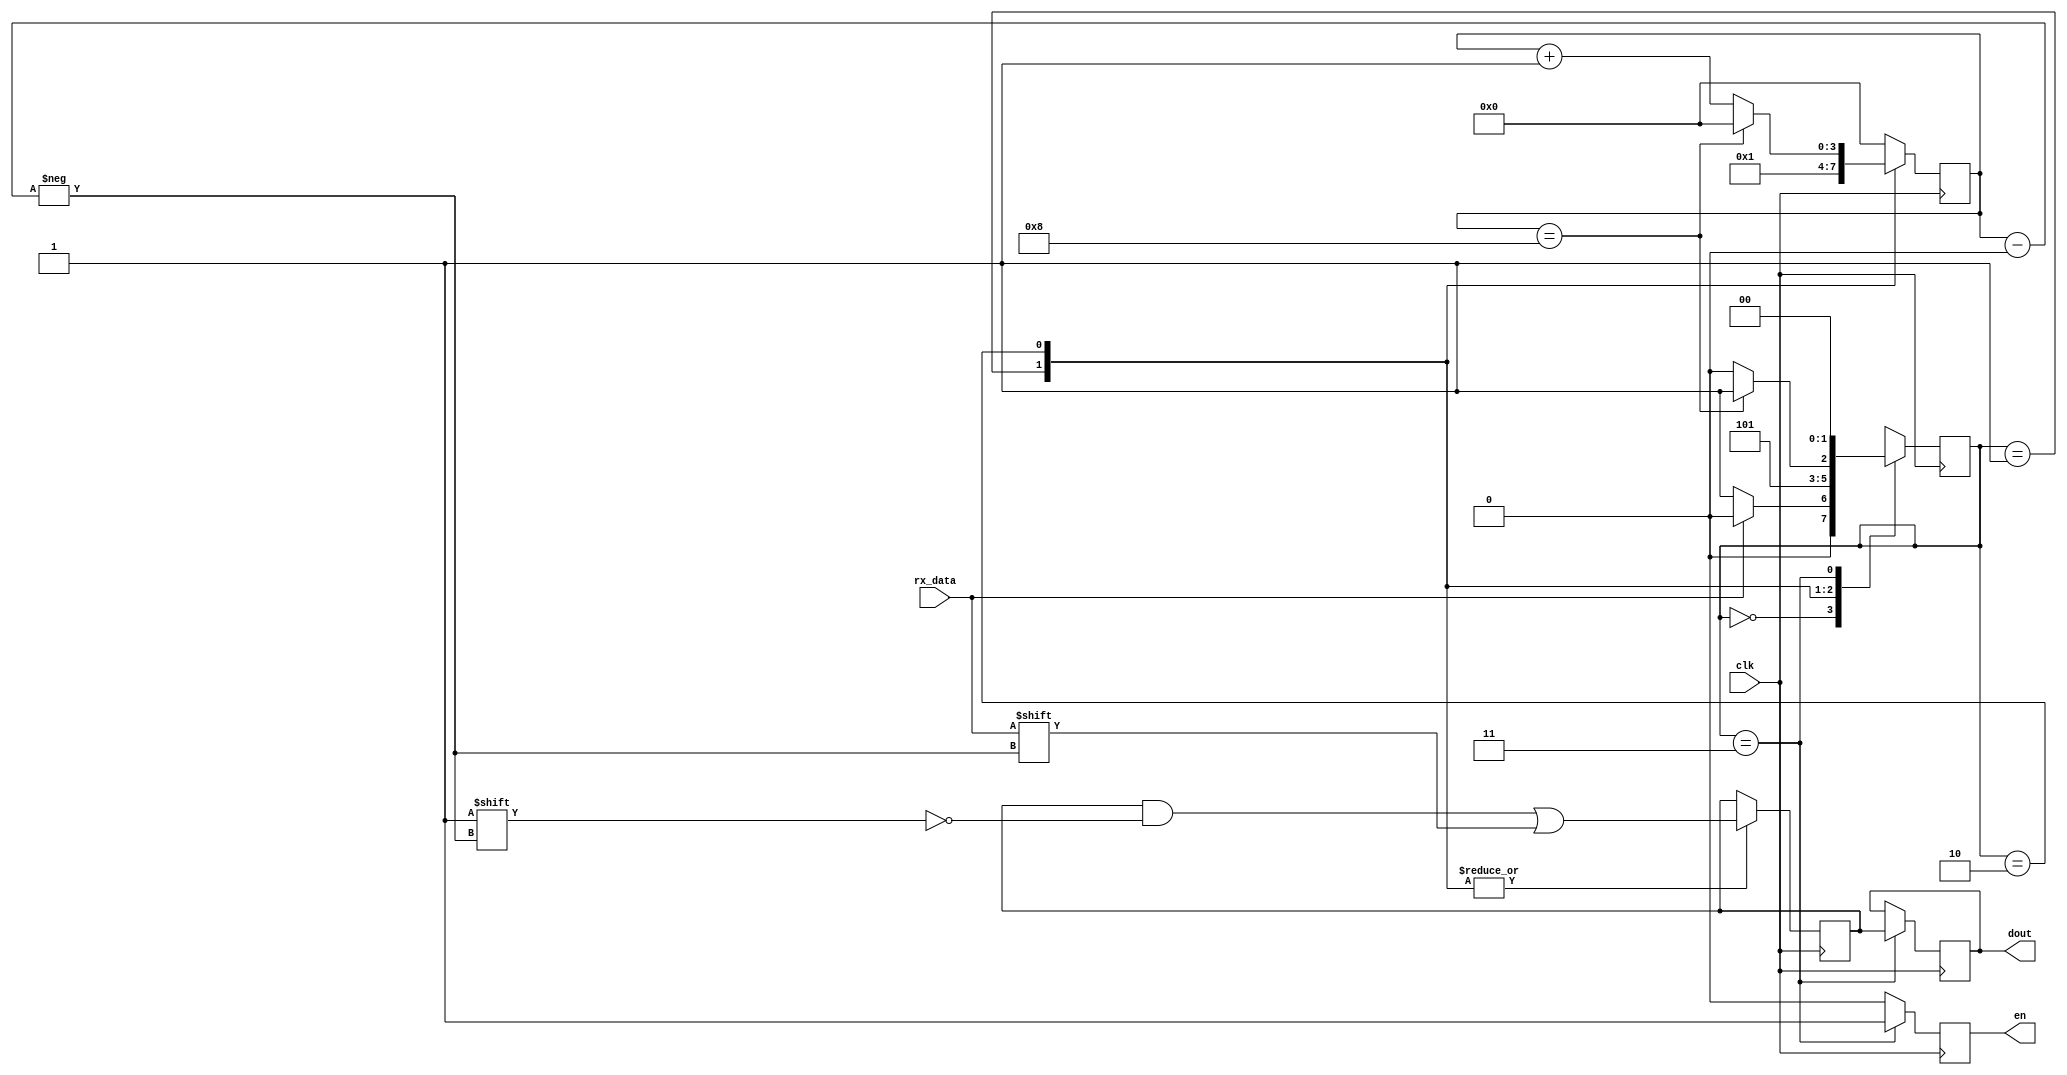
module uart_rx(
    input wire clk,
    input wire rx_data,
    output reg [7:0] dout,
    output reg en
);
    localparam IDEL=0, START=1, DATA=2, STOP=3;

    (*keep="true"*) reg [1:0] state;
    (*keep="true"*) reg [3:0] counter;
    (*keep="true"*) reg [7:0] out_data;

    always @(posedge clk) begin
        case (state)
            IDEL  : if(rx_data==0) state <= START;
                    else state <= IDEL;
            START : state <= DATA;
            DATA  : if(counter==8) state <= STOP;
                    else state <= DATA;
            STOP :  state <= IDEL;
            default: state <= IDEL;
        endcase
    end
    
    always @(posedge clk) begin
        case (state)
            START : out_data[counter] <= rx_data;  
            DATA : out_data[counter] <= rx_data;
            default: out_data <= out_data;
        endcase
    end

    always @(posedge clk) begin
        case (state)
            STOP : dout <= out_data;
            default: dout <= dout;
        endcase
    end

    always @(posedge clk) begin
        case (state)
            STOP : en <= 1;
            default: en <= 0;
        endcase
    end

    always @(posedge clk) begin
        case (state)
            START: counter <= 1;
            DATA :if(counter==8) counter <= 0;
                  else counter <= counter + 1;
            default: counter <= 0;
        endcase
    end

endmodule